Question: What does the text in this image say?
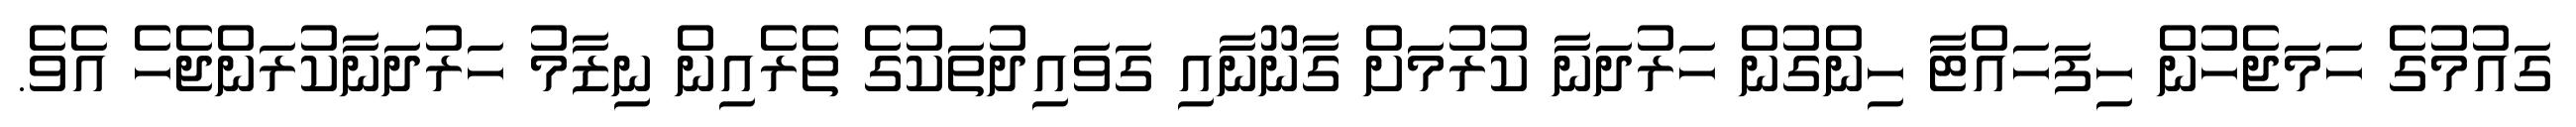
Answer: ގައުމުގެ ހަމަޖެހުން ހިފަހައްޓާ ހިންގުން ހަރުދަނާ ކުރުމަށް ގާނޫނާއި ގަވައިދުތަކުގެ ތެރެއިން ނިޒާމު ހަރުދަނާކުރަންޖެހެ އެވެ.